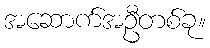
အဆောက်အဦတစ်ခု။